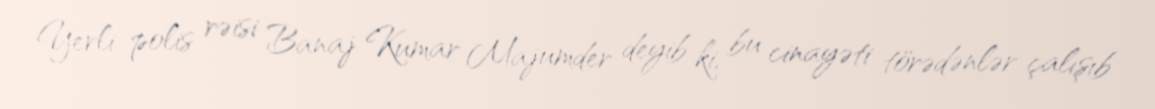
Yerli polis rəisi Banaj Kumar Majumder deyib ki, bu cinayəti törədənlər çalışıb